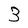
Character: 3